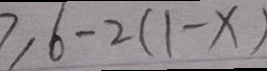
\geq 6 - 2 ( 1 - x )